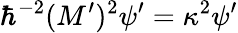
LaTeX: \hbar^{-2}(M^{\prime})^{2}\psi^{\prime}=\kappa^{2}\psi^{\prime}